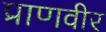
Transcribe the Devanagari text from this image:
प्राणवीर